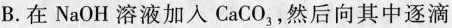
B.在NaOH溶液加入CaCO_{3}，然后向其中逐滴